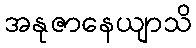
အနုဇာနေယျာသိ